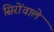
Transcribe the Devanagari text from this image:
सिरोंवाले